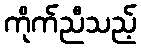
ကိုက်ညီသည့်